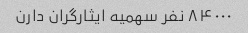
۸۴۰۰۰ نفر سهمیه ایثارگران دارن